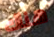
هناك